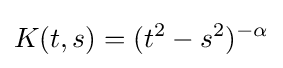
K(t,s)=(t^{2}-s^{2})^{-\alpha }